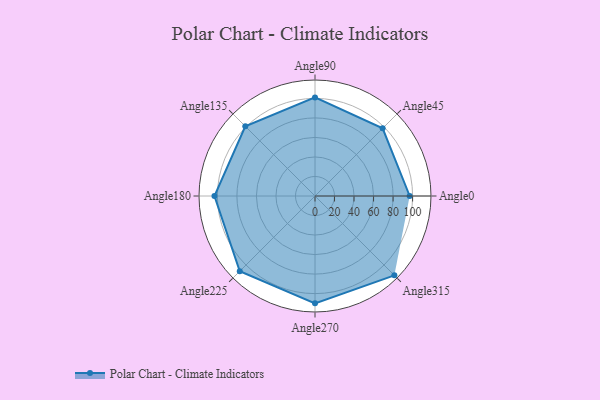
{"axis": {"x": "Angle", "y": "Radius"}, "legend": [""], "data": [{"x": "Angle0", "y": 97.0, "type": ""}, {"x": "Angle45", "y": 98.0, "type": ""}, {"x": "Angle90", "y": 101.0, "type": ""}, {"x": "Angle135", "y": 101.0, "type": ""}, {"x": "Angle180", "y": 103.0, "type": ""}, {"x": "Angle225", "y": 109.0, "type": ""}, {"x": "Angle270", "y": 110.0, "type": ""}, {"x": "Angle315", "y": 115.0, "type": ""}]}